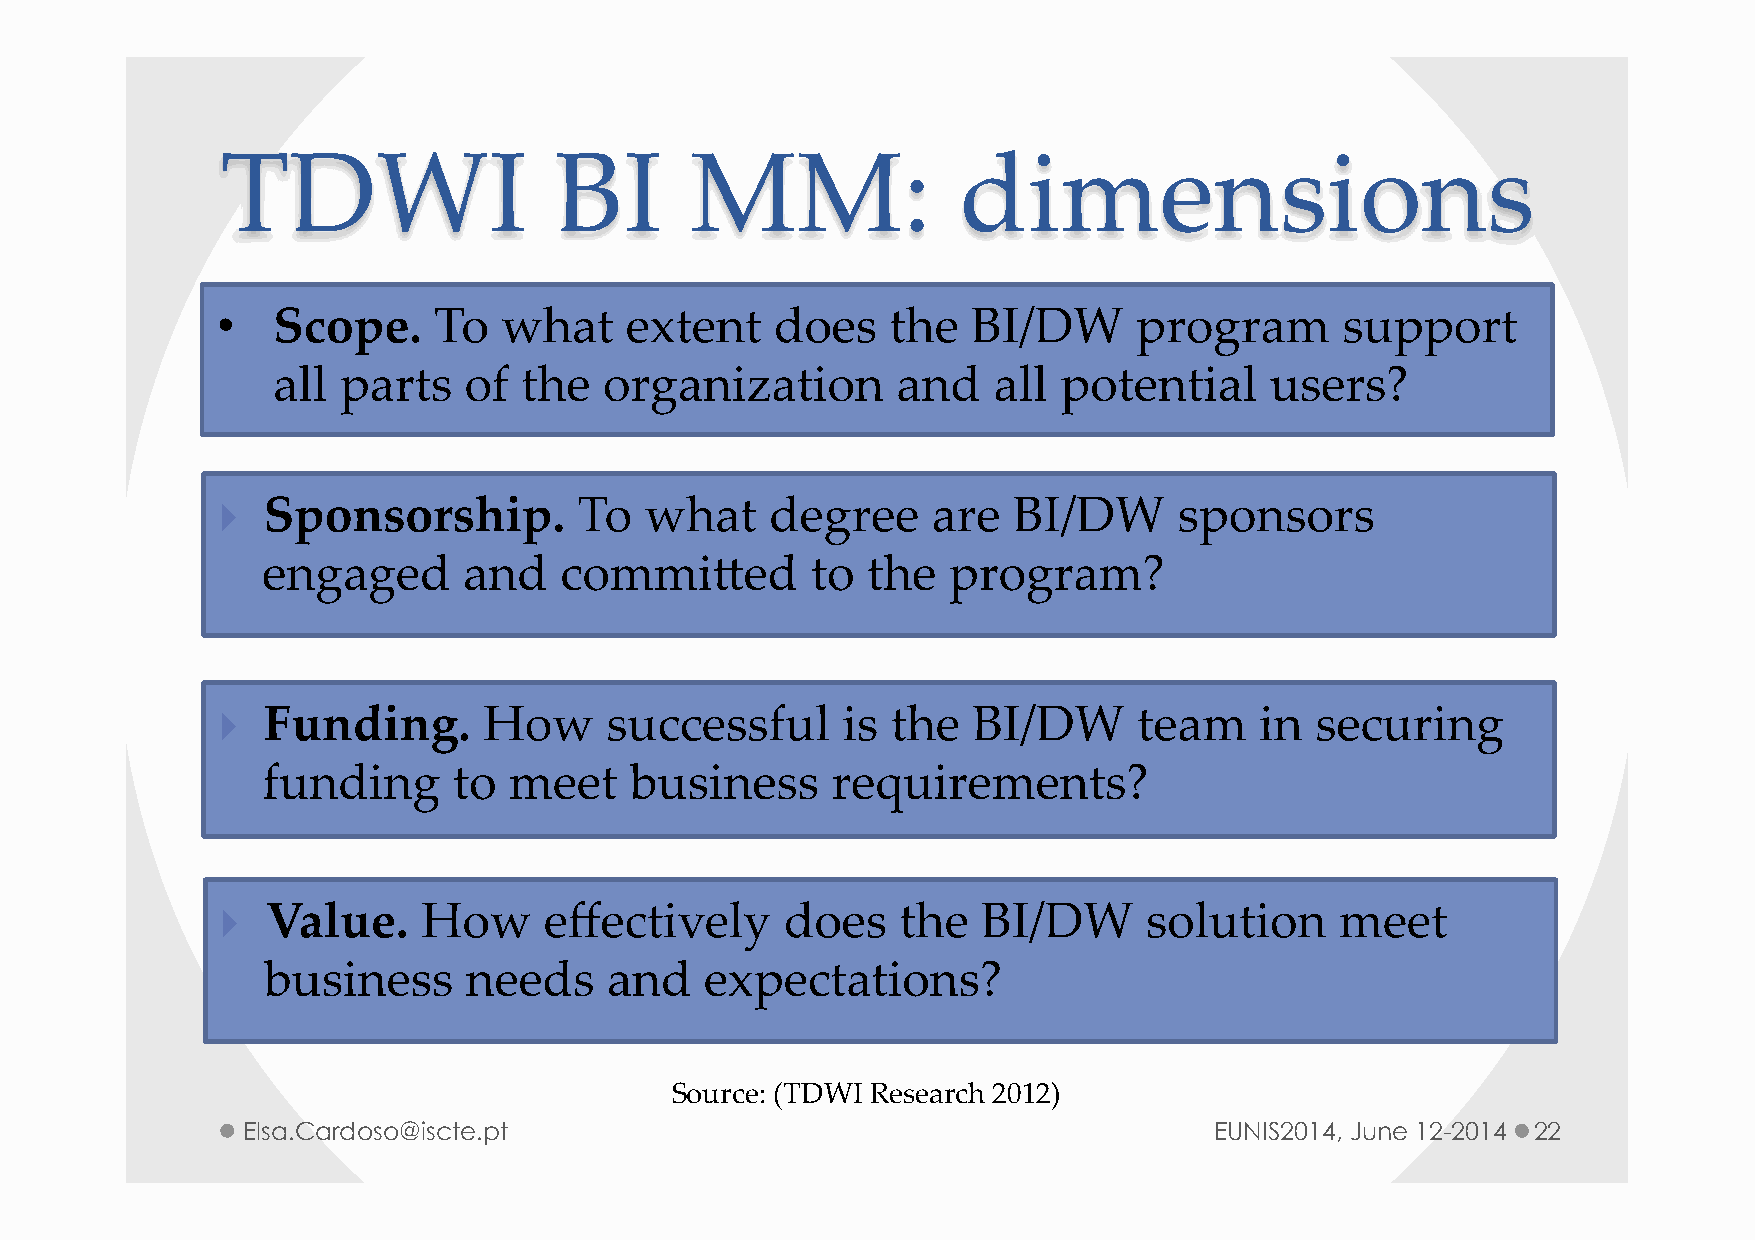
TDWI                  BI       MM:              dimensions
 •   Scope.     To  what    extent    does    the  BI/DW      program       support
 all parts    of the   organization       and    all potential     users?
 } Sponsorship.         To   what    degree     are  BI/DW      sponsors
 engaged       and   commiced         to the   program?
 } Funding.       How     successful      is the  BI/DW      team    in  securing
 funding      to  meet    business     requirements?
 } Value.    How     effectively     does    the  BI/DW      solution     meet
 business      needs    and    expectations?
 Source: (TDWI Research 2012)
 Elsa.Cardoso@iscte.pt                                           EUNIS2014, June 12-2014 22